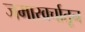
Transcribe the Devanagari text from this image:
जमाखर्चातून